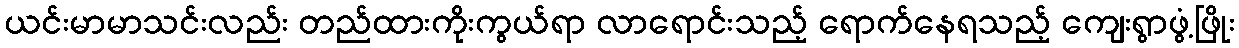
ယင်းမာမာသင်းလည်း တည်ထားကိုးကွယ်ရာ လာရောင်းသည့် ရောက်နေရသည့် ကျေးရွာဖွံ့ဖြိုး